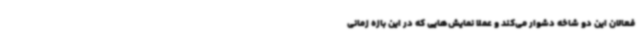
فعالان این دو شاخه دشوار می‌کند و عملا نمایش‌هایی که در این بازه زمانی